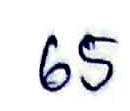
65